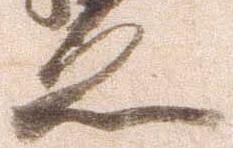
之